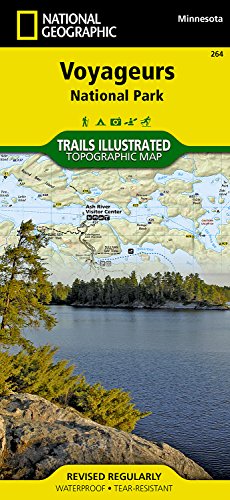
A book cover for Voyageurs National Park (National Geographic Trails Illustrated Map); National Geographic Maps - Trails Illustrated; Travel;